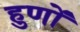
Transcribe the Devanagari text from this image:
हुणों